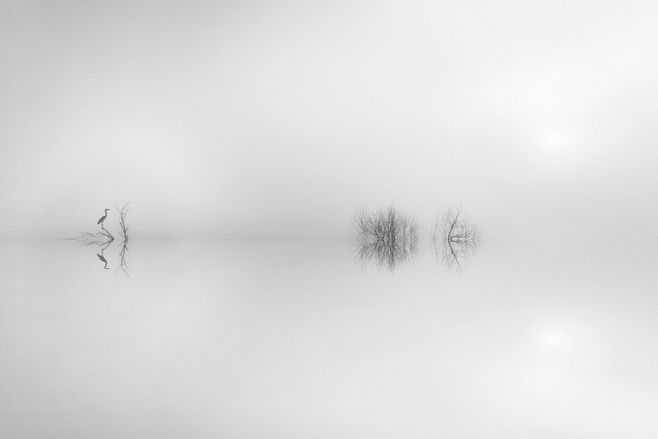
云销雨霁，彩彻区明。